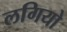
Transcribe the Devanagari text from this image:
लगियो